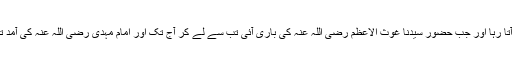
اِن کے ہاں سے ولایتِ عظمیٰ کا فیض آتا رہا اور جب حضور سیدنا غوث الاعظم رضی اللہ عنہ کی باری آئی تب سے لے کر آج تک اور امام مہدی رضی اللہ عنہ کی آمد تک اب ہر ولی غوث پاک کا محتاج ہے۔